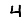
Digit: 4